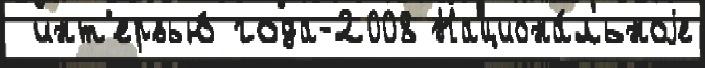
 инт'ервью́ года-2008 Национа́льноjе